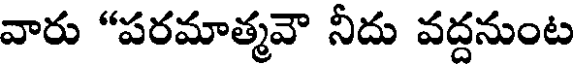
వారు "పరమాత్మవౌ నీదు వద్దనుంట